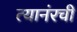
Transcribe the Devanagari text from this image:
त्यानंरची